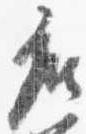
座